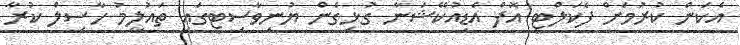
އެކަން ކުރުމަށް ފެކަލްޓީ އޮފް އެޑިއުކޭޝަނާ ގުޅިގެން ޔުނިވާސިޓީގައި ތައުލީމު ހާސިލް ކުރާ